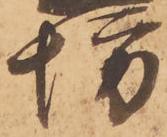
坊